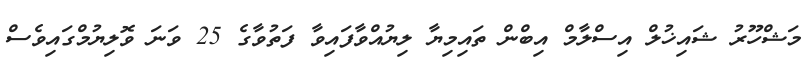
މަޝްހޫރު ޝައިޚުލް އިސްލާމް އިބްން ތައިމިޔާ ލިޔުއްވާފައިވާ ފަތުވާގެ 25 ވަނަ ވޮލިޔުމްގައިވެސް